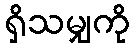
ရှိသမျှကို